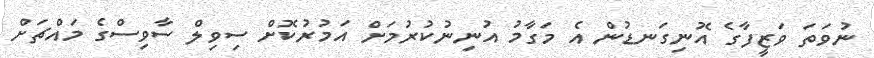
ނުވަތަ ވަޒީފާގެ އޮނިގަނޑުން އެ މަގާމު އުނިނުކުރުމަށް އަމުރުކޮށް ސިވިލް ސާވިސްގެ މައްޗަށް